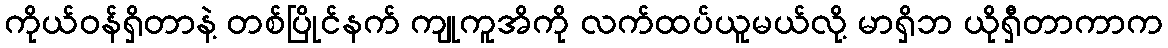
ကိုယ်ဝန်ရှိတာနဲ့ တစ်ပြိုင်နက် ကျုကူအိကို လက်ထပ်ယူမယ်လို့ မာရှိဘ ယိုရှီတာကာက